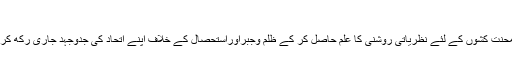
ترجمہ:اسلم رحیل مرزا
دنیا بھر کے مزدوروں کا بڑا دن یوم مئی قریب آ رہا ہے جو محنت کشوں کے لئے نظریاتی روشنی کا علم حاصل کر کے ظلم وجبراوراستحصال کے خلاف اپنے اتحاد کی جدوجہد جاری رکھ کر ایک سوشلسٹ نظام قائم کر نے کے مقصد سے منایا جاتاہے ۔